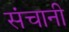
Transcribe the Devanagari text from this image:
संचानी